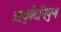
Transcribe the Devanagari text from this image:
आयुर्वेदनिपुण